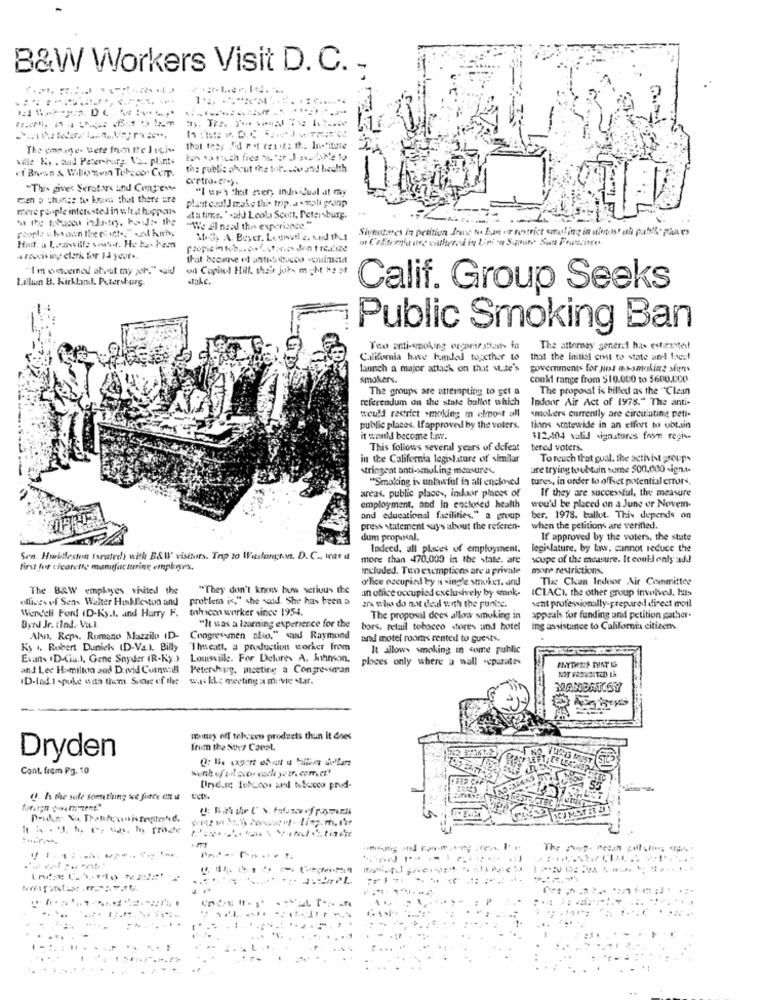
B&W Workers Visit D. C. -
The empe. Were Inon tre Jecis
that tesy Iid ret resit: th .. In-finitte
ville K, . aud Petersburg, Va. plants
.f Brosn & Willionvon Tohacer Cemr.
the public about the top ... cv and health
"This gives Senators and Congente
"I sra chit ser, indidual at my
men p change to krawww that there are
more pople interested in what hogy cuis
platt cual J make this trip. a .mali granp
at a time. "-aid Leola Scott, Petersburg.
"We all need this experience."
Signatures in petition Jre to ban er restrict smiling in atleast el publse påes
Mely A. Beyer. Louiswtf e. vtid thut
il Caffemia une colheredd in Linin S.poure San Francisco.
Hast. a L.casilla soubor. He has Frem
flopieintob .. cut. . ferie. don trealize
arcociting clerk for 14 yeur ..
"I'm oncemal about my juh." said
Capitol Hill. their jobs m ght h2 >
Lillian B. Kirkland. Petersburg
Calif. Group Seeks
Public Smoking Ban
Teo anti-smoking organizations in
The attorney general has estiristet
Califomia have hunded together to
that the initial cost to state und beef
launch a major attack on that ML.de's
powerments for just no-smoking siuns
smokers.
coukl range from $10.000 to $600.000
The groups are attempting to get a
The proposal is billed as the "Clean
referendum on the state ballot which
Indoor Air Act of 1978." The anti-
would restrict smoking in almost all
smokers currently are circulating peti-
public places. Ifapproved by the voters.
tions statewide in an effort to obtain
it would become Inv.
312,404 valid signatures from regis.
This follows several years of defeat
tered voters.
in the California legislature of similar
To reach that goal, the activist groups
stringent anti-senul.ing measures.
ure trying to ubtuin some $00.000 -ign ..
"Smoking is unlawful in all enclosed
tures, in order to offset potential errors.
areas. public places, indoor places of
If they are successful, the measure
would be placed on a June or Nowvem.
employment, and in enclosed health
and educational facilities," a group
ber. 1978. ballet. This depends on
press statement suys about the referen-
when the petitions are verified.
dum proposal.
If approved by the voters, the state
Indeed, all places of employment.
legislature. by law. cannot reduce the
Sen. Huurkdleston Isratedy with B&W" visitors. Trip to Washington, D.C ., was d
more than 470.000 in the state. are
soupe of the measure. It could only add
first for cicarelle manufacturing emplives.
included. Two exemptions are a private
more restrictions.
office occupied by a single smoker. and
The Chun Indoor Air Committee
The BOW emplyyes visited the
"They don't know how serious the
an office occupied exclusively by smok-
(CIACI. the other group involved, hit>
ulliess of Sens. Walter Huskfleston and
problem is," she said. She has been a
Wendell Ford ID-Ky.I. and Harry F. tohicon worker since 1954.
trx who do not deal with the punisc.
vent professionally-prepared direct moil
The proposal dees allow smoking in
appeals for funding and petition gather.
Byrd Jr. tind. Va.l.
"It was a learning experience for the
bors. retail tobacco stores und hotel
ing assistance to California citizens
Ahn. Reps. Romano Mazzilo ID-
Congressmen also," said Raymond
and motel rooms rented to guests.
Ky .. Robert Dunick (D-Va.l. Billy
Theatt, a production worker fram
It allows smoking in some public
Evans .D-Cia.), Gene Snyder (R-Ky.)
Louisville. For Delores A. Johnson.
places only where a wall -cpurates
and Lee Hamilton 200 Dowvid Cornwall Petersburg, meeting a Congressman
ID-lad.1 -puke with tium. Score of the
w.ti kke meeting a movie star.
MANDATOSY
money off telceen products than It does
from the Strz Carol
Dryden
Cont. from Pg. 10
(1. Is the sole something we frace en u
.. ...